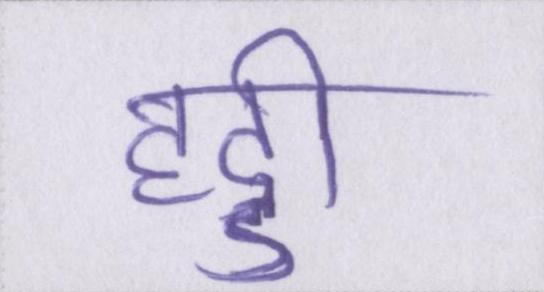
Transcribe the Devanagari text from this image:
हड्डी